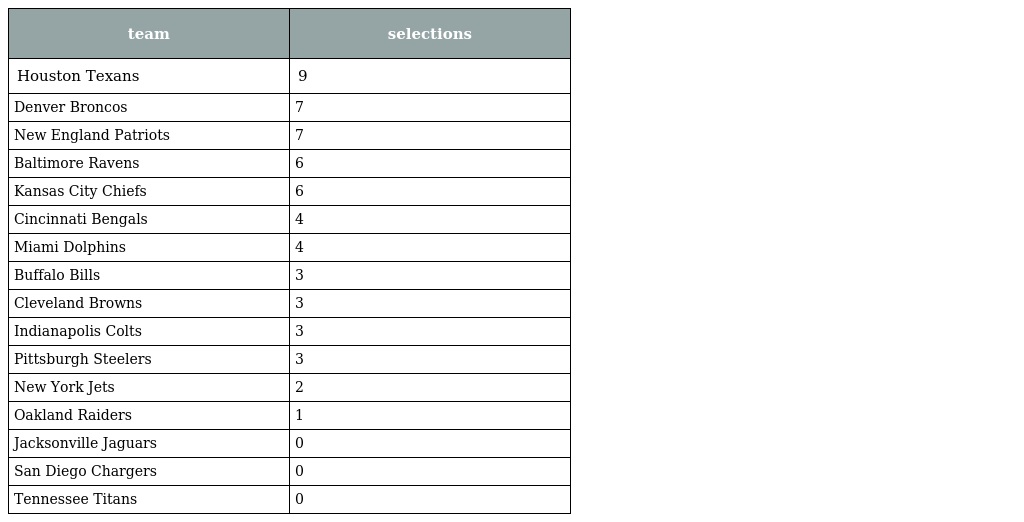
| team | selections |
 | --- | --- |
 | Houston Texans | 9 |
 | Denver Broncos | 7 |
 | New England Patriots | 7 |
 | Baltimore Ravens | 6 |
 | Kansas City Chiefs | 6 |
 | Cincinnati Bengals | 4 |
 | Miami Dolphins | 4 |
 | Buffalo Bills | 3 |
 | Cleveland Browns | 3 |
 | Indianapolis Colts | 3 |
 | Pittsburgh Steelers | 3 |
 | New York Jets | 2 |
 | Oakland Raiders | 1 |
 | Jacksonville Jaguars | 0 |
 | San Diego Chargers | 0 |
 | Tennessee Titans | 0 |